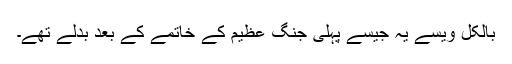
بالکل ویسے یہ جیسے پہلی جنگ عظیم کے خاتمے کے بعد بدلے تھے۔